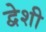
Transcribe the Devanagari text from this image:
द्वेशी